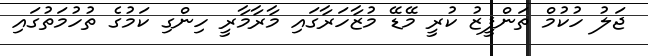
ޖަލު ހުކުމް ތަންފީޒު ކުރީ މޭޑޭ މުޒާހަރާގައި މާރާމާރީ ހިންގިި ކަމުގެ ތުހުމަތުގައި